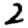
Digit: 2